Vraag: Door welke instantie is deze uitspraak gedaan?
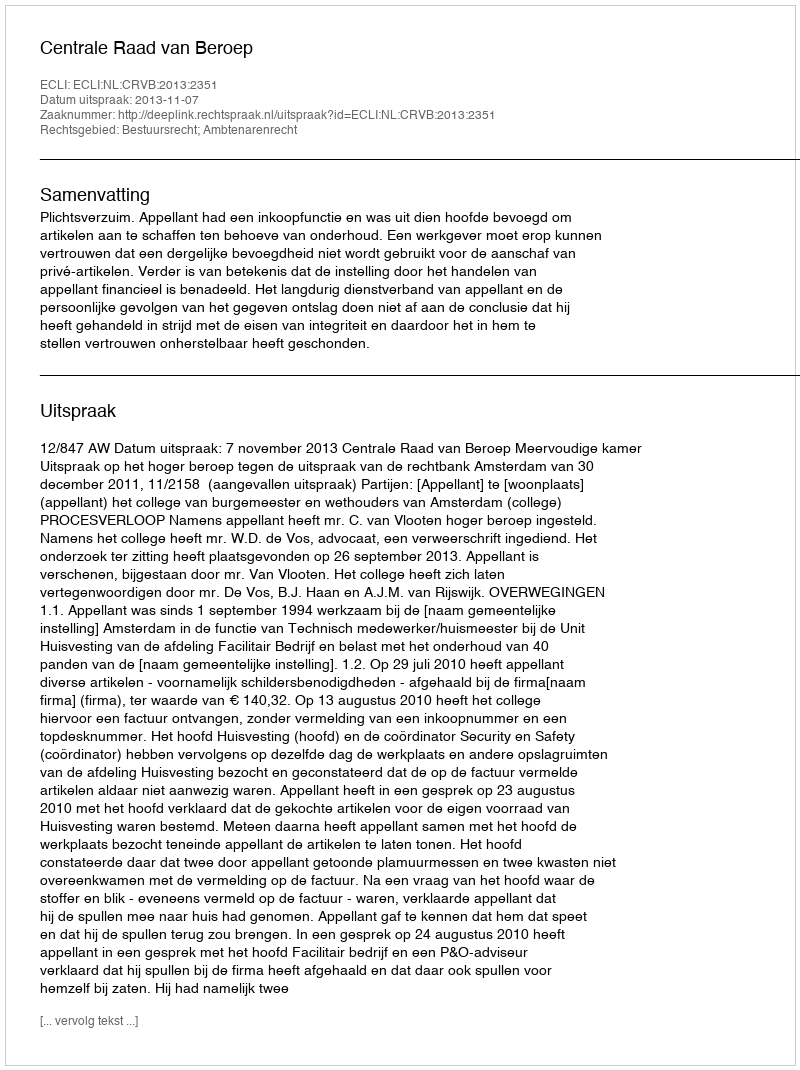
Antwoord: Centrale Raad van Beroep